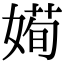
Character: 𡟱